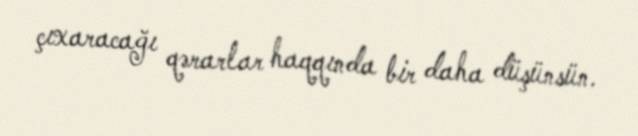
çıxaracağı qərarlar haqqında bir daha düşünsün.